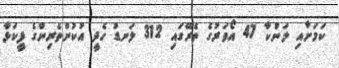
ކަމަށާއި ލަންކާ 47 އޯވަރުގެ ތެރޭގައި 312 ލަނޑު ހެދީ އުކުންތެރިންގެ ފީކަޅާ